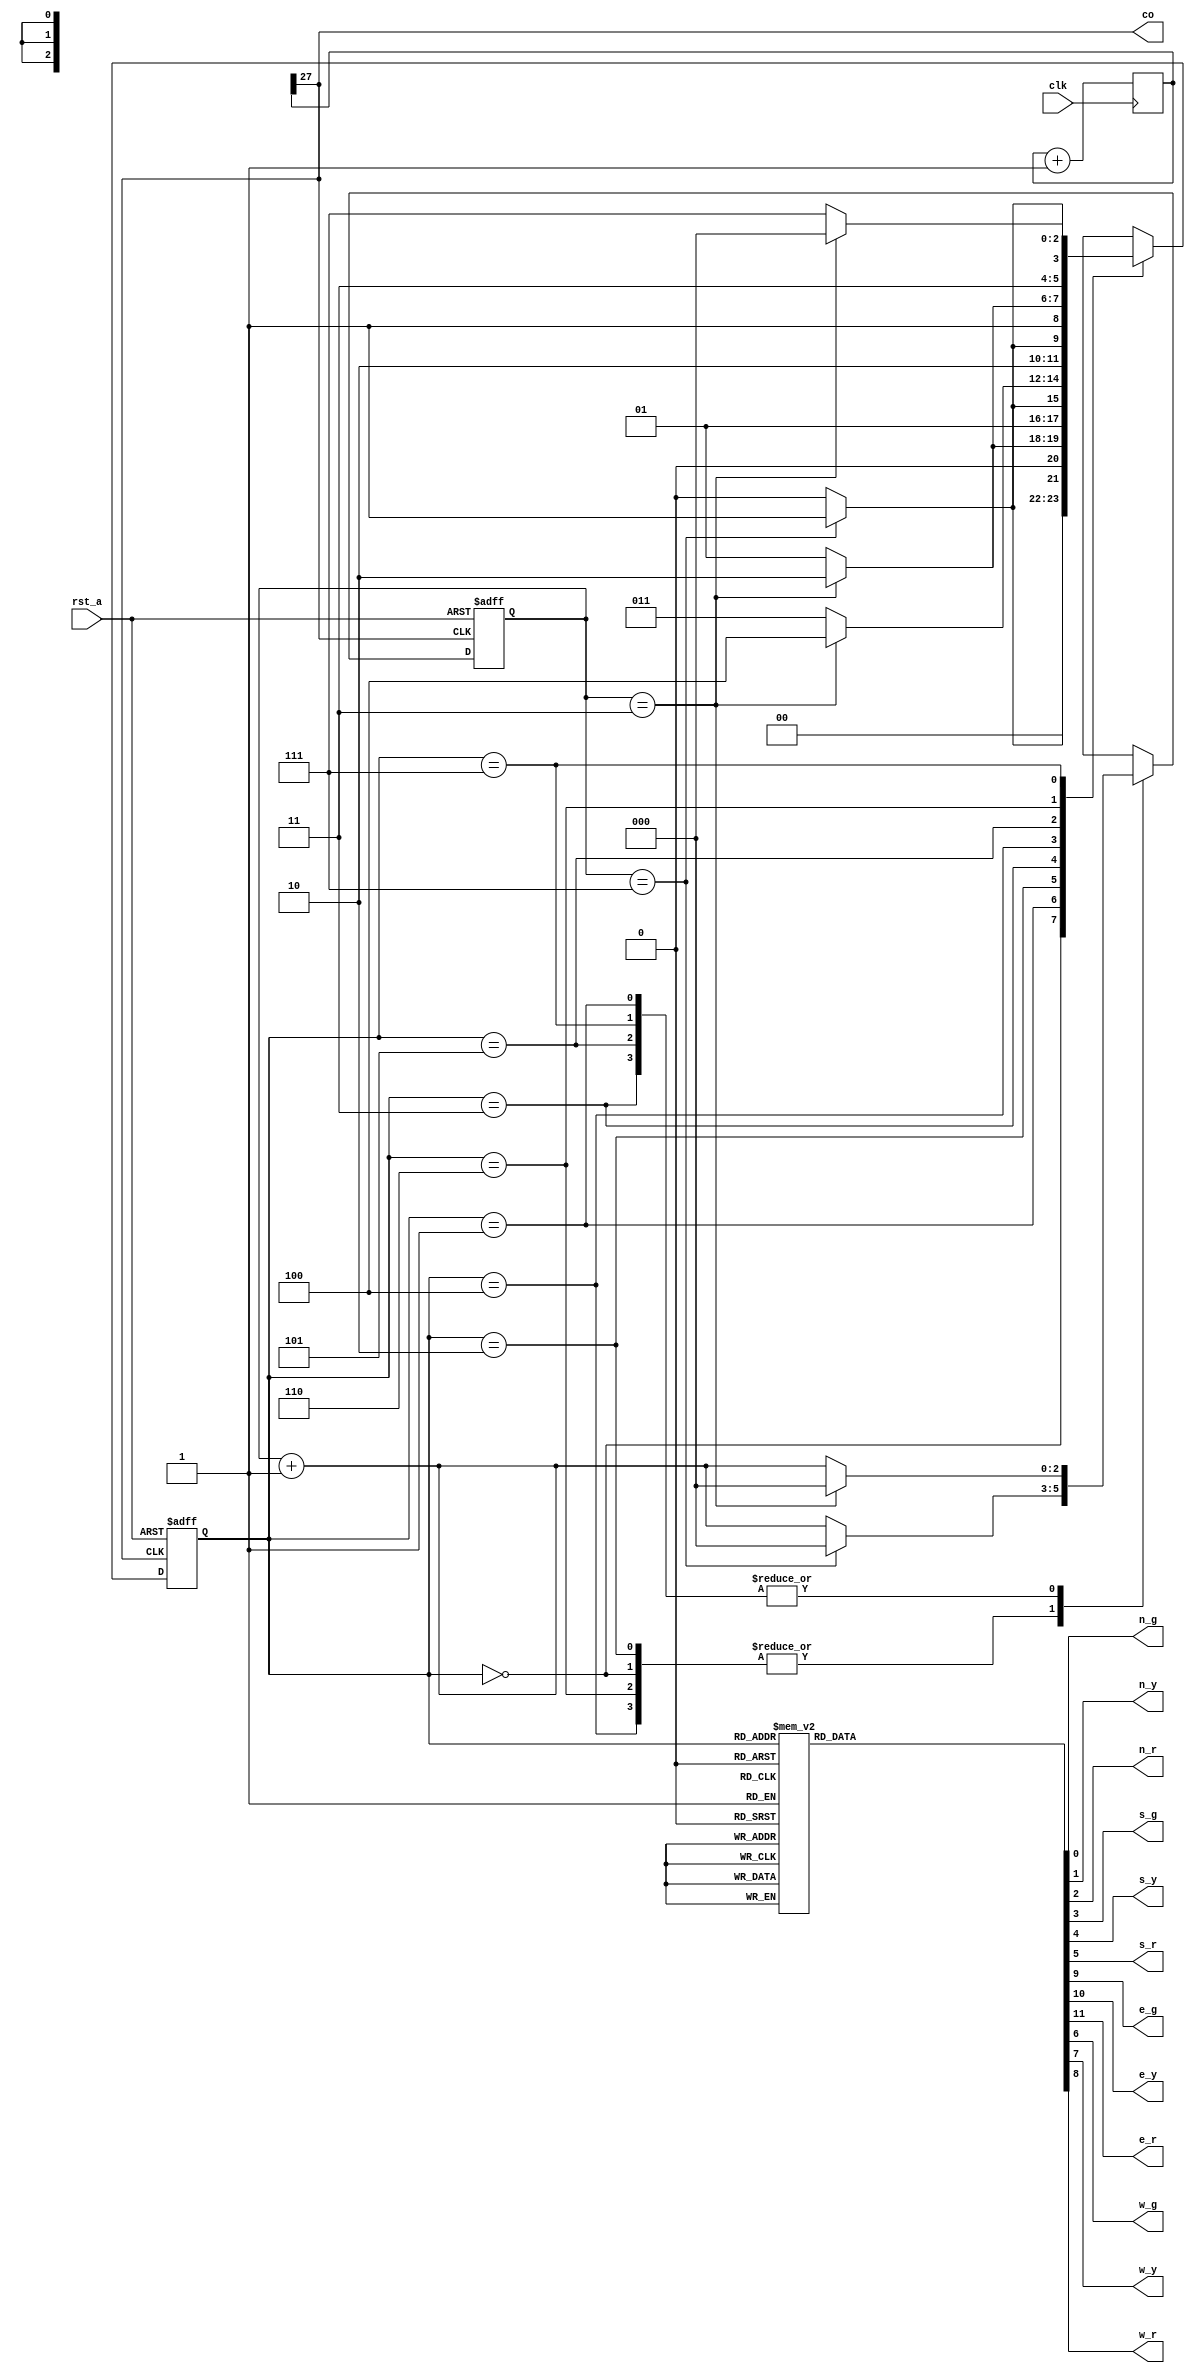
`timescale 1ns / 1ps
//////////////////////////////////////////////////////////////////////////////////
// Company: 
// Engineer: 
// 
// Design Name: 
// Module Name: Traffic_light_controller
// Project Name: 
// Target Devices: 
// Tool Versions: 
// Description: 
// 
// Dependencies: 
// 
// Revision:
// Revision 0.01 - File Created
// Additional Comments:
// 
//////////////////////////////////////////////////////////////////////////////////

`timescale 1ns / 1ps
//////////////////////////////////////////////////////////////////////////////////
// Company: 
// Engineer: 
// 
// Design Name: 
// Module Name: traffic_control
// Project Name: 
// Target Devices: 
// Tool Versions: 
// Description: 
// 
// Dependencies: 
// 
// Revision:
// Revision 0.01 - File Created
// Additional Comments:
// 
//////////////////////////////////////////////////////////////////////////////////


module traffic_control(n_g, n_y, n_r,s_g, s_y, s_r, e_g, e_y, e_r, w_g, w_y, w_r, clk,rst_a,co);

   output reg n_g, n_y, n_r,s_g, s_y, s_r, e_g, e_y, e_r, w_g, w_y, w_r; 
   input      clk;
   input      rst_a;
   output co;
 
   reg [2:0] state;
 
   parameter [2:0] north=3'b000;
   parameter [2:0] north_y=3'b001;
   parameter [2:0] south=3'b010;
   parameter [2:0] south_y=3'b011;
   parameter [2:0] east=3'b100;
   parameter [2:0] east_y=3'b101;
   parameter [2:0] west=3'b110;
   parameter [2:0] west_y=3'b111;

   reg [2:0] count;
   reg [27:0]cnt=0;
   
   assign co= cnt[27];
   always@(posedge clk)
    begin
        cnt<= cnt + 1;
    end
        
 

   always @(posedge co, posedge rst_a)
     begin
        if (rst_a)
            begin
                state=north;
                count =3'b000;
            end
        else
            begin
                case (state)
                north :
                    begin
                        if (count==3'b111)
                            begin
                            count=3'b000;
                            state=north_y;
                            end
                        else
                            begin
                            count=count+3'b001;
                            state=north;
                            end
                    end

                north_y :
                    begin
                        if (count==3'b011)
                            begin
                            count=3'b000;
                            state=south;
                            end
                        else
                            begin
                            count=count+3'b001;
                            state=north_y;
                        end
                    end

               south :
                    begin
                        if (count==3'b111)
                            begin
                            count=3'b0;
                            state=south_y;
                            end
                        else
                            begin
                            count=count+3'b001;
                            state=south;
                        end
                    end

            south_y :
                begin
                    if (count==3'b011)
                        begin
                        count=3'b0;
                        state=east;
                        end
                    else
                        begin
                        count=count+3'b001;
                        state=south_y;
                        end
                    end

            east :
                begin
                    if (count==3'b111)
                        begin
                        count=3'b0;
                        state=east_y;
                        end
                    else
                        begin
                        count=count+3'b001;
                        state=east;
                        end
                    end

            east_y :
                begin
                    if (count==3'b011)
                        begin
                        count=3'b0;
                        state=west;
                        end
                    else
                        begin
                        count=count+3'b001;
                        state=east_y;
                        end
                    end

            west :
                begin
                    if (count==3'b111)
                        begin
                        state=west_y;
                        count=3'b0;
                        end
                    else
                        begin
                        count=count+3'b001;
                        state=west;
                        end
                    end

            west_y :
                begin
                    if (count==3'b011)
                        begin
                        state=north;
                        count=3'b0;
                        end
                    else
                        begin
                        count=count+3'b001;
                        state=west_y;
                        end
                    end
            endcase // case (state)
        end // always @ (state)
    end 


always @(state)
     begin
         case (state)
            north :
                begin
                    n_g = 1;
                    n_y = 0;
                    n_r = 0;
                    s_g = 0;
                    s_y = 0;
                    s_r = 1;
                    w_g = 0;
                    w_y = 0;
                    w_r = 1;
                    e_g = 0;
                    e_y = 0;
                    e_r = 1;
                end // case: north

            north_y :
                begin
                    n_g = 0;
                    n_y = 1;
                    n_r = 0;
                    s_g = 0;
                    s_y = 0;
                    s_r = 1;
                    w_g = 0;
                    w_y = 0;
                    w_r = 1;
                    e_g = 0;
                    e_y = 0;
                    e_r = 1;
                end // case: north_y

            south :
                begin
                    n_g = 0;
                    n_y = 0;
                    n_r = 1;
                    s_g = 1;
                    s_y = 0;
                    s_r = 0;
                    w_g = 0;
                    w_y = 0;
                    w_r = 1;
                    e_g = 0;
                    e_y = 0;
                    e_r = 1;
                end // case: south

            south_y :
                begin
                    n_g = 0;
                    n_y = 0;
                    n_r = 1;
                    s_g = 0;
                    s_y = 1;
                    s_r = 0;
                    w_g = 0;
                    w_y = 0;
                    w_r = 1;
                    e_g = 0;
                    e_y = 0;
                    e_r = 1;
                end // case: south_y

            west :
                begin
                    n_g = 0;
                    n_y = 0;
                    n_r = 1;
                    s_g = 0;
                    s_y = 0;
                    s_r = 1;
                    w_g = 1;
                    w_y = 0;
                    w_r = 0;
                    e_g = 0;
                    e_y = 0;
                    e_r = 1;
                end // case: west

            west_y :
                begin
                    n_g = 0;
                    n_y = 0;
                    n_r = 1;
                    s_g = 0;
                    s_y = 0;
                    s_r = 1;
                    w_g = 0;
                    w_y = 1;
                    w_r = 0;
                    e_g = 0;
                    e_y = 0;
                    e_r = 1;
                end // case: west_y

            east :
                begin
                    n_g = 0;
                    n_y = 0;
                    n_r = 1;
                    s_g = 0;
                    s_y = 0;
                    s_r = 1;
                    w_g = 0;
                    w_y = 0;
                    w_r = 1;
                    e_g = 1;
                    e_y = 0;
                    e_r = 0;
                end // case: east

            east_y :
                begin
                    n_g = 0;
                    n_y = 0;
                    n_r = 1;
                    s_g = 0;
                    s_y = 0;
                    s_r = 1;
                    w_g = 0;
                    w_y = 0;
                    w_r = 1;
                    e_g = 0;
                    e_y = 1;
                    e_r = 0;
                end // case: east_y
            endcase // case (state)
     end // always @ (state)
endmodule